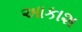
આકાશ